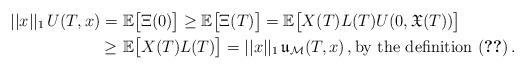
LaTeX: \begin{align*} ||x||_1\, U(T,x)= &\ \mathbb{E}\big[ \Xi(0)\big] \ge \mathbb{E}\big[ \Xi(T)\big] =\mathbb{E}\big[X(T)L(T)U(0,\mathfrak{X}(T))\big] \\ \ge &\ \mathbb{E}\big[X(T)L(T)\big] = ||x||_1\, \mathfrak{u}_{\mathcal{M}}(T,x)\,,\mathrm{by\ the\ definition}\ \eqref{eq:um}\,.\end{align*}